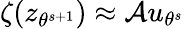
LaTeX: \zeta(z_{\theta^{s+1}})\approx\mathcal{A}u_{\theta^{s}}